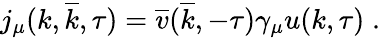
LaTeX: j_{\mu}(k,\overline{{{k}}},\tau)=\overline{{{v}}}(\overline{{{k}}},-\tau)\gamma_{\mu}u(k,\tau)\; .